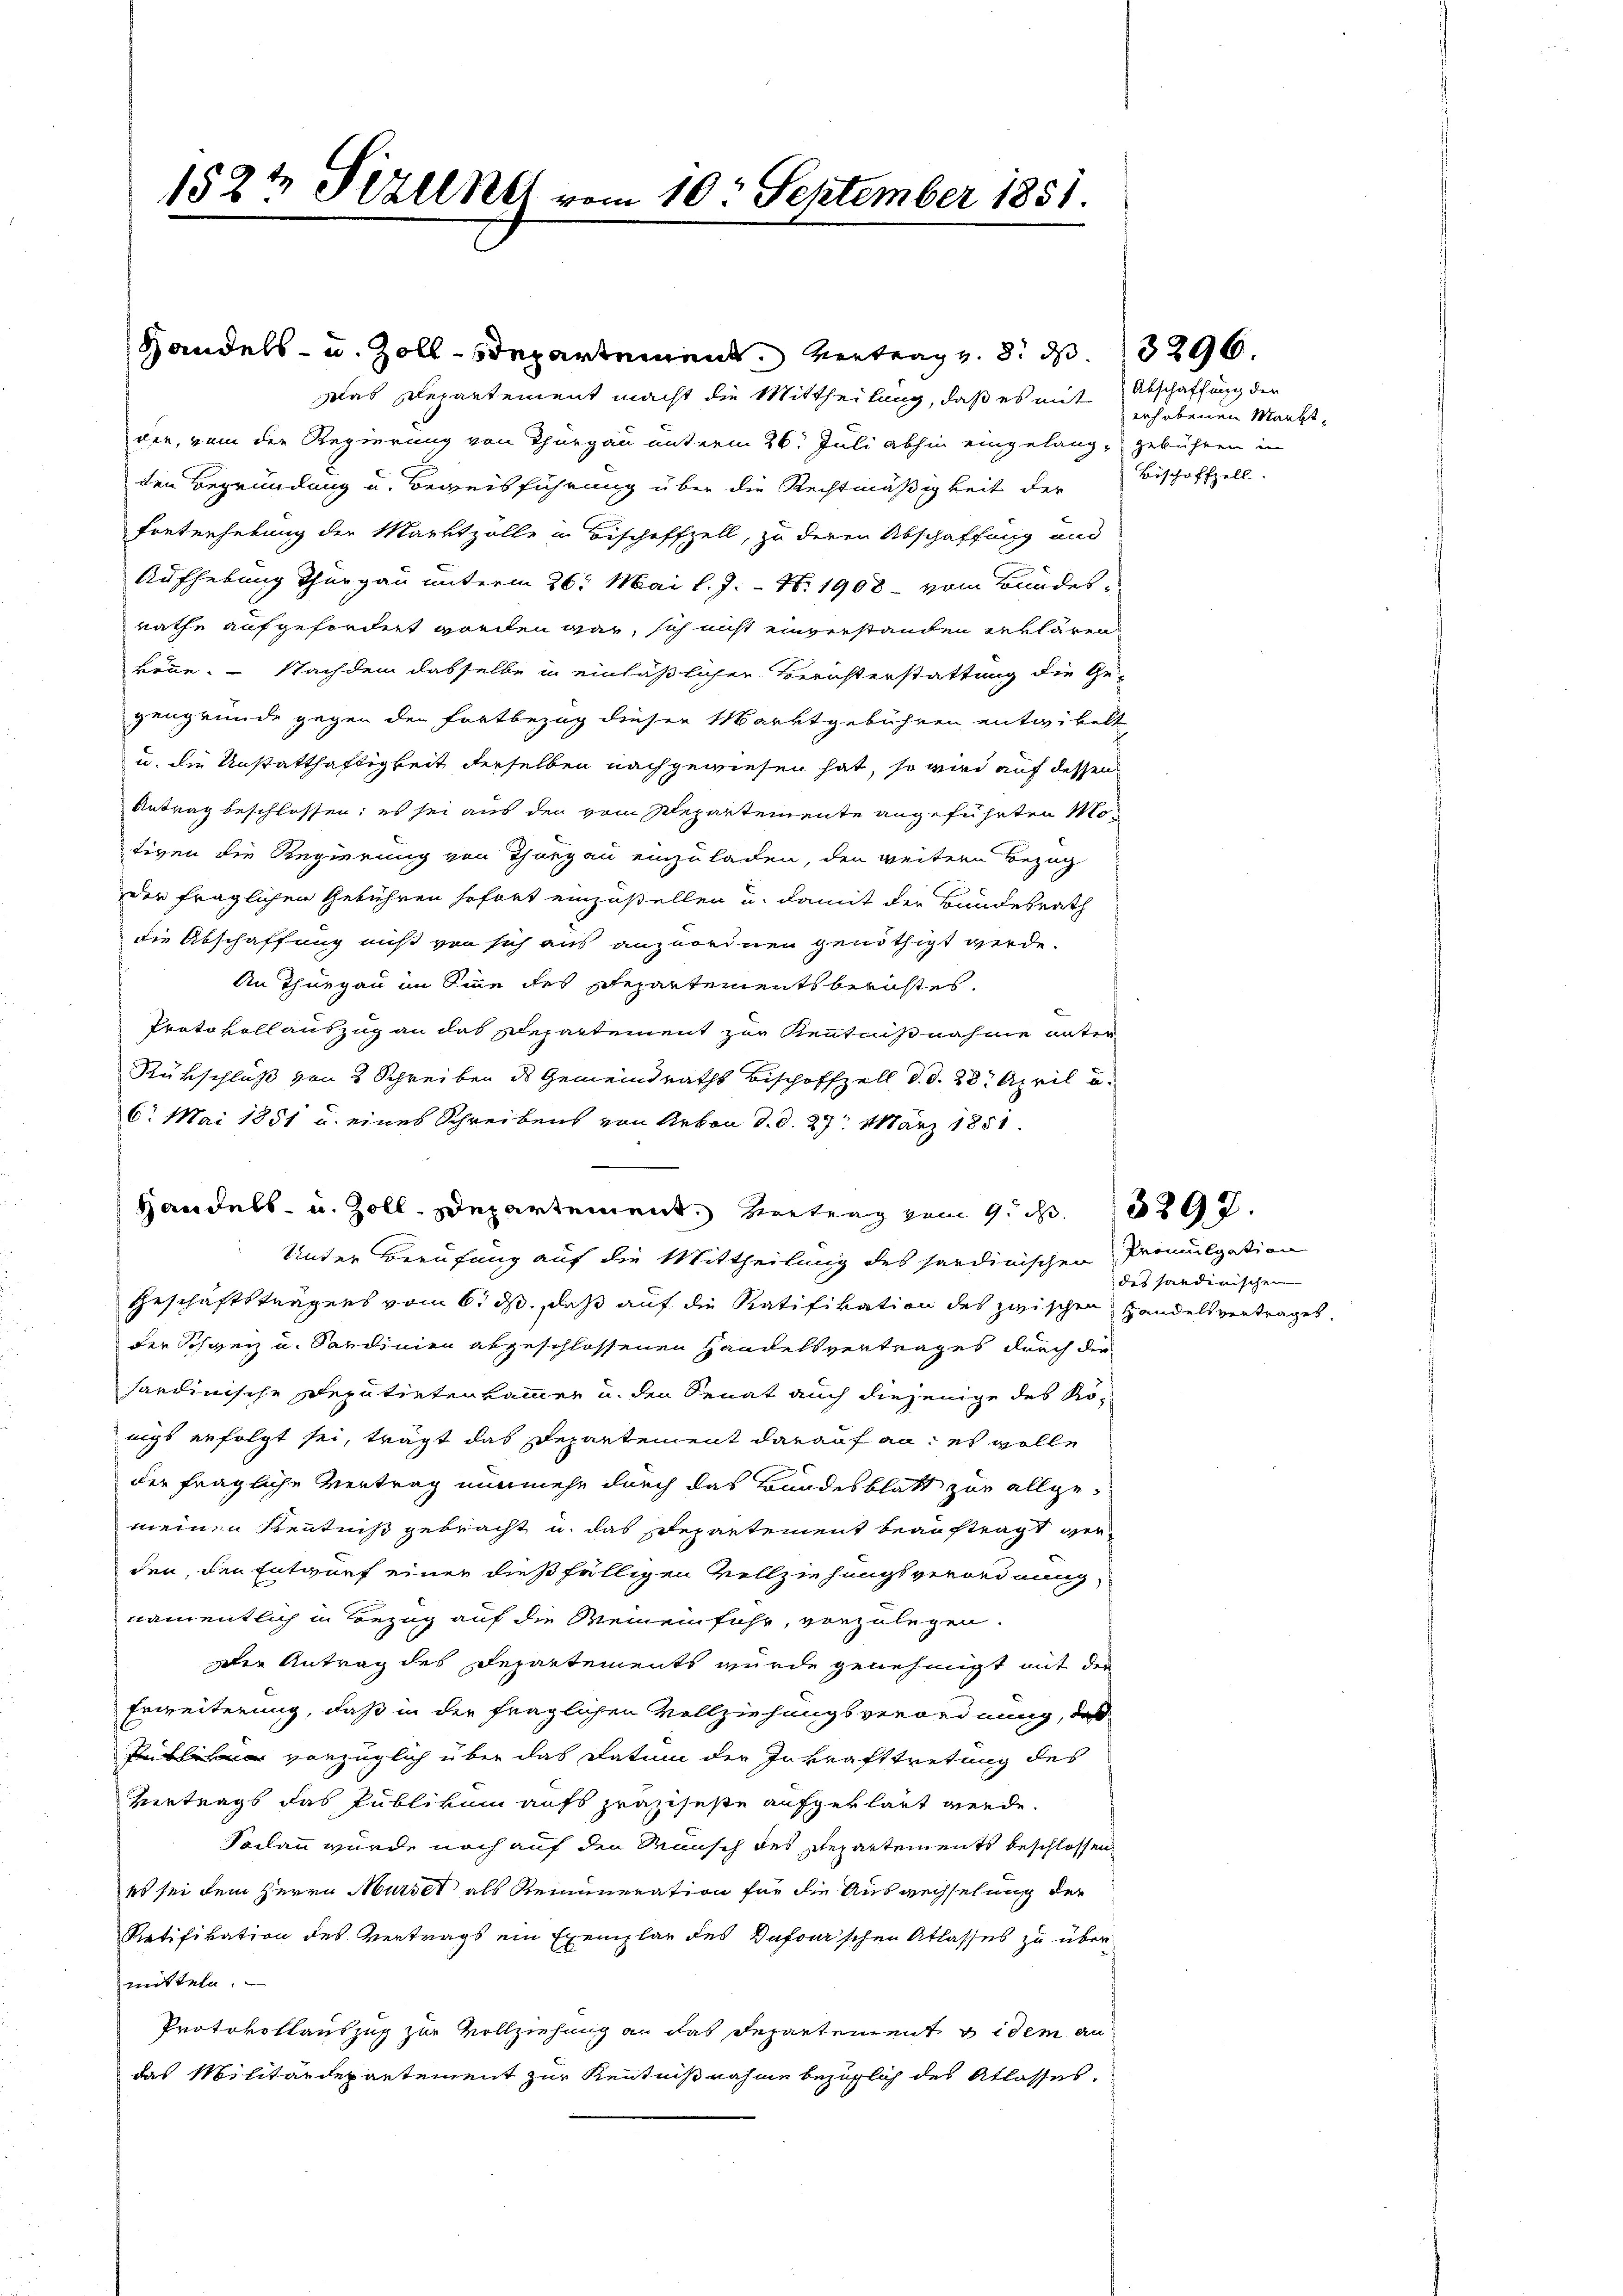
1524 Pizlene vom 10. September 1851.

den, vom der Regierung von Thurgau unterm 26. Juli abhin eingelang-gebühren in
den Begründung u. Beweisführung über die Rechtmäßigkeit der
Ernterhebung der Marktzolle in Bischeffzell, zu deren Abschaffung und
Aufhebung Thurgau unterm 26. Mai l. J. – N. 1908 vom Bundesrathe aufgefordert worden war, sich nicht einverstanden erklären.
könne. - Nachdem dasselbe in einläßlicher Berichterstattung die Ge-
gengründe gegen der Fortbezug dieser Marktgebühren entwickelt
u. die Unstatthaftigkeit derselben nachgewiesen hat, so wird auf dessen
Antrag beschlossen: es sei aus den vom Departemente angeführten Mo-
tiven die Regierung von Thurgau einzuladen, den weitern Bezug
der fraglichen Gebühren sofort einzustellen u. damit der Bundesrath
die Abschaffung muß von sich aus anzuordnen genöthigt werde.
An Thurgau im Sinne des Repartements berichtes,
Protokoll auszug an das schepartement zur Kenntnißnahme unter
Rükschluß von 2 Schreiben des Gemeindraths Bischoffzell d. d. 28. April a.
6. Mai 1851 u. eines Schreibens von Arbon d. d. 27. März 1851.
Unter Berufung auf die Mittheilung des sardinischen Promulgation
Geschäftsträgers vom 6. ds., daß auf die Ratifikation des zwischen Handelsvertrages.
der Schweiz u. Sardinien abgeschlossenen Handelsvertrages durch die
sardinische Deputirtenkammer u. den Senat auch diejenige des Königs erfolgt sei, trägt das Departement darauf an: es wolle
der fragliche Vertrag nunmehr durch das Bundesblatt zur allgemeinen Kenntniß gebracht u. das Departement beauftragt wer
den, den Entwurf einer dießfälligen Vollziehungsverordnung,
namentlich in Bezug auf die Meinen fuhr, vorzulegen.
Der Antrag des Departements wurde genehmigt mit der
Erweiterung, daß in der fraglichen Vollziehungsverordnung, daß
 vorzüglich über das Datum der Inkrafttretung des
Vertrags das Publikum aufs präziseste aufgeklärt werde.
Sodann wurde noch auf den Wunsch des Departements beschlossen,
es sei dem Herrn Marser als Remuneration für die Auswechselung der
Ratifikation des Vertrags ein Exemplar des Zafoui’schen Atlasses zu übermitteln.
Protokollauszug zur Vollziehung an das Departement videm an
das Militärdepartement zur Kenntnißnahme bezüglich des Atlasses.

Handels- u. Zolldepartement vertrag v. 8. d. 296.
Das Departement macht die Mittheilung, daß es mit erhobenen Markt¬

Handels- u. Zoll. Departement. Vertrag vom 9. d. 292.

Abschaffung der
Bischaffzell.

des handinischen